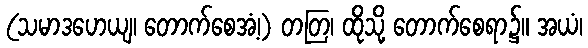
(သမာဒဟေယျ၊ တောက်စေအံ့၊) တတြ၊ ထိုသို့ တောက်စေရာ၌။ အယံ၊